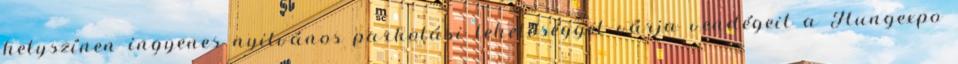
helyszínen ingyenes nyilvános parkolási lehetőséggel várja vendégeit a Hungexpo